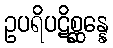
ဥပရိပဋိစ္ဆန္နေ